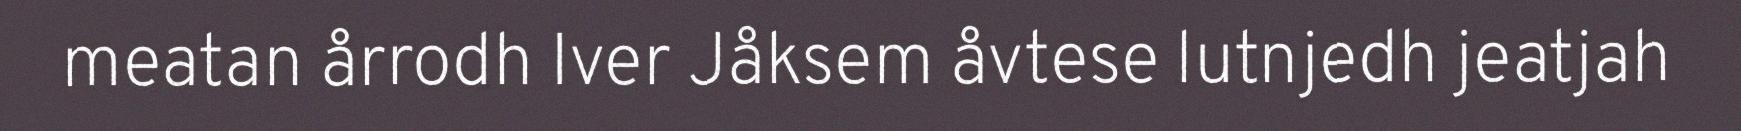
meatan årrodh Iver Jåksem åvtese lutnjedh jeatjah